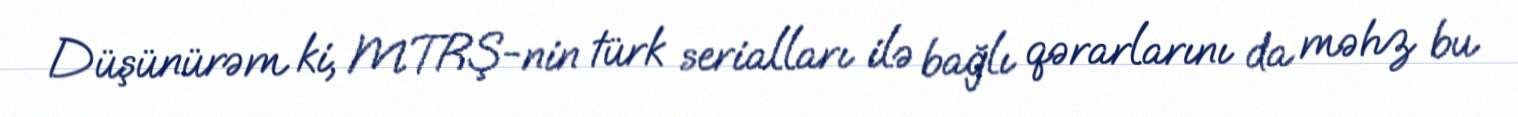
Düşünürəm ki, MTRŞ-nin türk serialları ilə bağlı qərarlarını da məhz bu